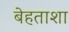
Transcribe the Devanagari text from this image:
बेहताशा